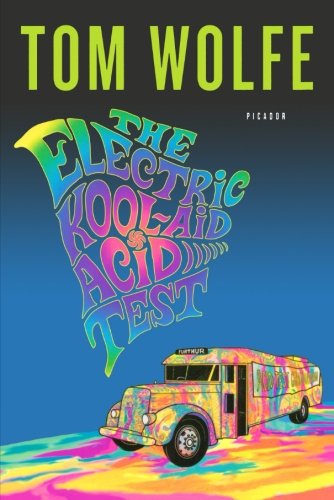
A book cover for The Electric Kool-Aid Acid Test; Tom Wolfe; Humor & Entertainment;